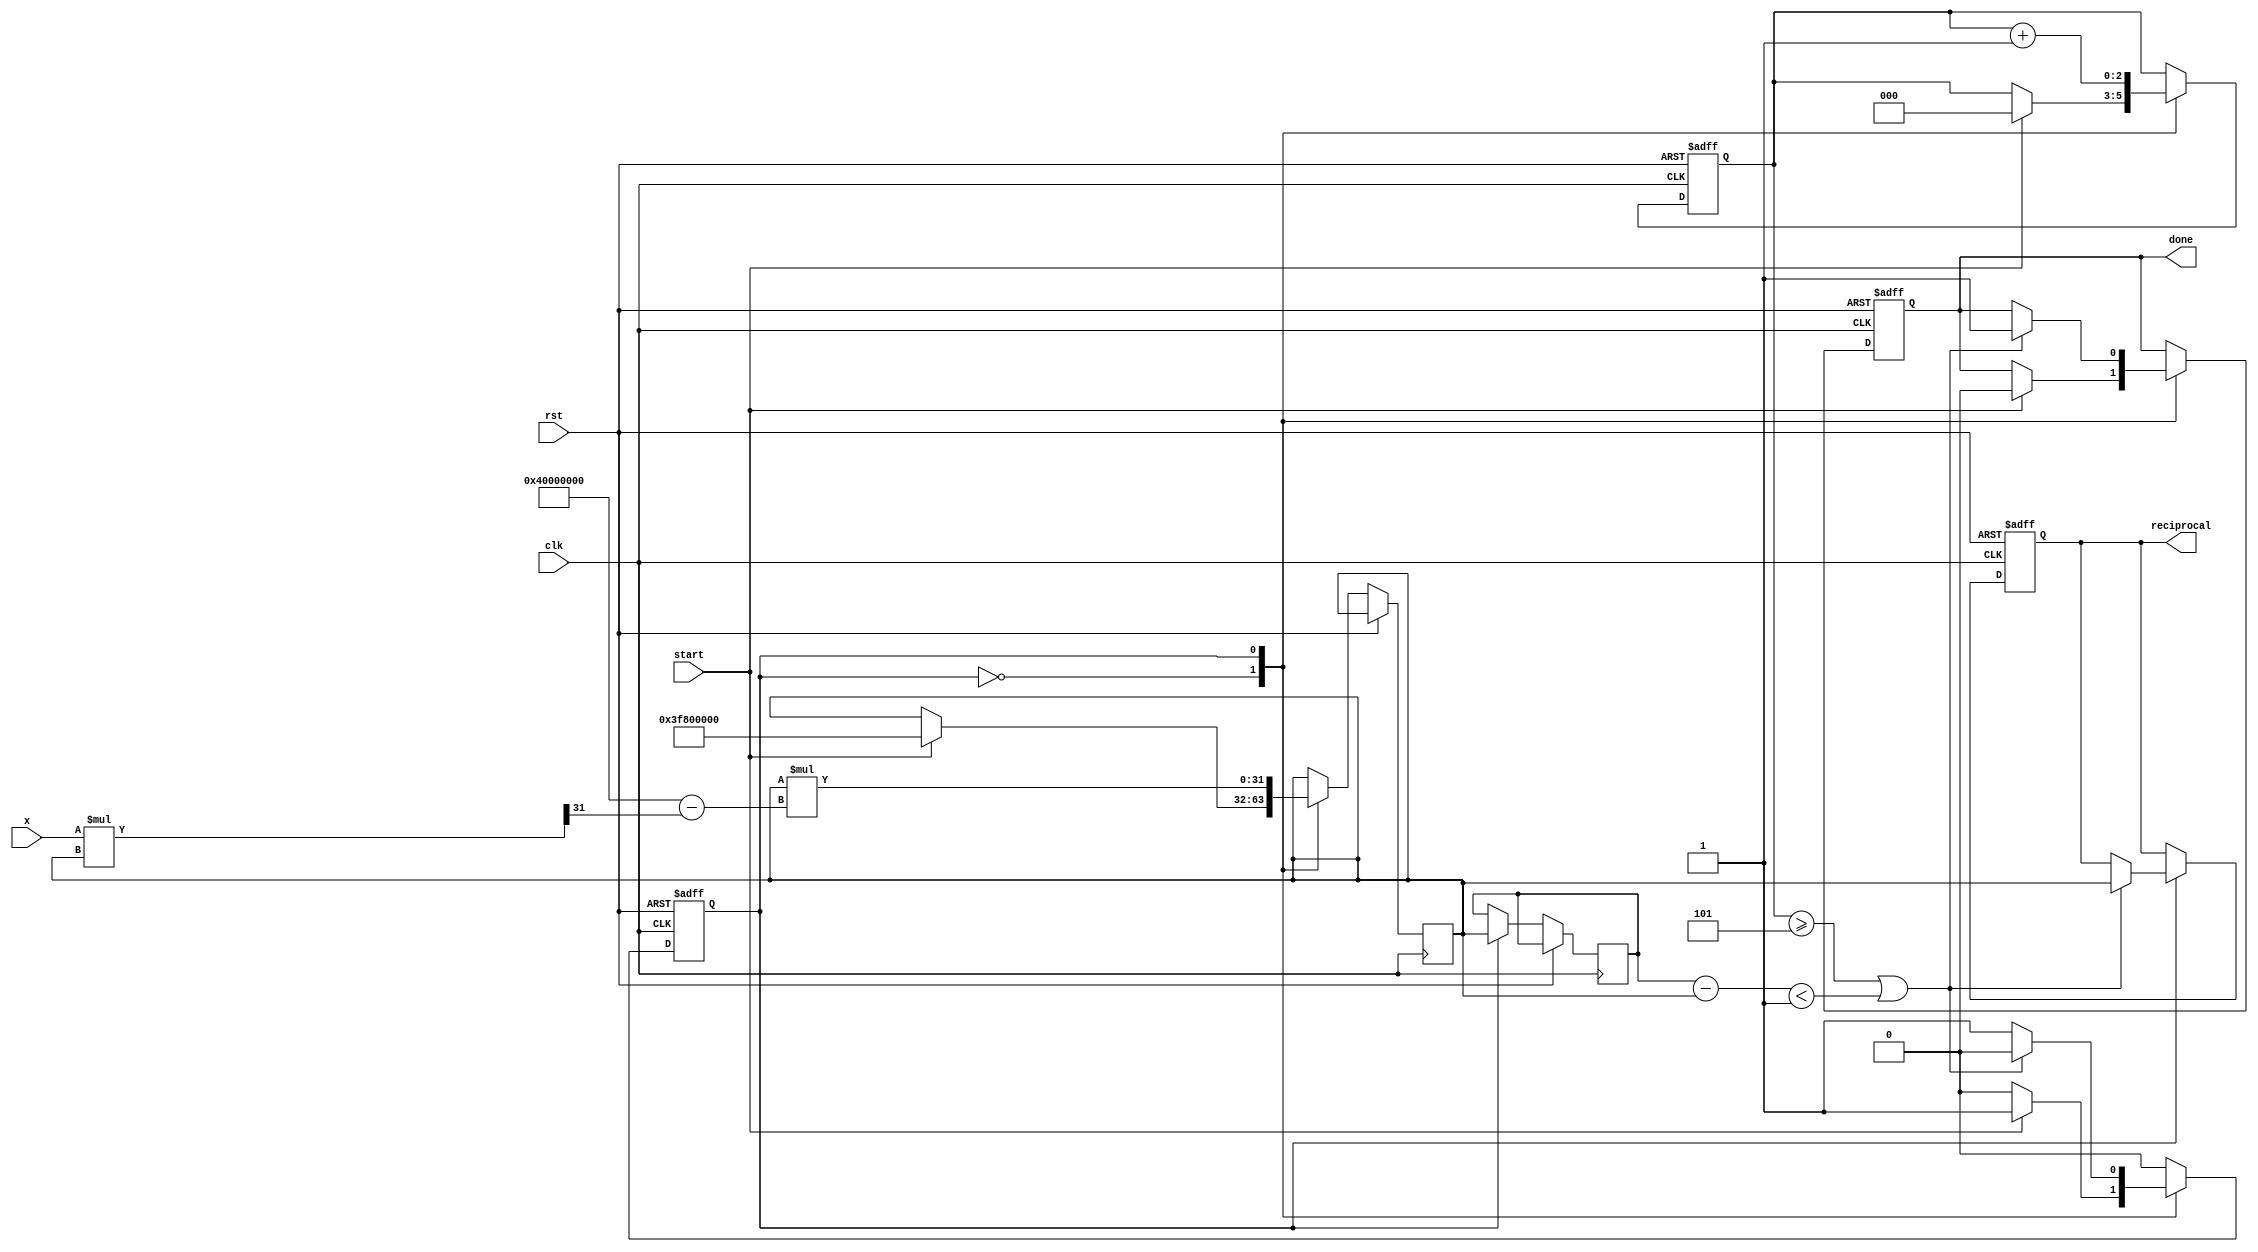
module newton_raphson_reciprocal (
    input wire clk,
    input wire rst,
    input wire [31:0] x,          // Input value
    input wire start,             // Signal to start computation
    output reg [31:0] reciprocal,  // Computed reciprocal
    output reg done               // Signal indicating completion
);

    reg [31:0] y;                 // Current approximation
    reg [2:0] iteration_count;    // Counter for iterations
    reg state;                    // State to manage computation
    reg [31:0] prev_y;            // Previous valid y for convergence check
    
    // State definitions
    localparam IDLE = 1'b0;
    localparam COMPUTE = 1'b1;

    // Initial guess for y (assuming x in range [1, 2))
    initial begin
        reciprocal = 32'h0;
        done = 1'b0;
        iteration_count = 3'b0;
        state = IDLE;
    end

    always @(posedge clk or posedge rst) begin
        if (rst) begin
            // Reset state
            reciprocal <= 32'h0;
            done <= 1'b0;
            iteration_count <= 3'b0;
            state <= IDLE;
        end else begin
            case (state)
                IDLE: begin
                    if (start) begin
                        // Initial guess for reciprocal
                        y <= 32'h3F800000; // Initial guess (1.0 in IEEE 754)
                        iteration_count <= 3'b0;
                        done <= 1'b0;
                        state <= COMPUTE;
                    end
                end
                
                COMPUTE: begin
                    // Newton-Raphson iteration
                    prev_y <= y;
                    y <= y * (32'h40000000 - (x * y >> 31)); // 1.0 in fixed-point: 32'h40000000
                    iteration_count <= iteration_count + 1;

                    // Check for convergence (simple check, can be adjusted)
                    if (iteration_count >= 3'b101 || (prev_y - y) < 32'h1) begin
                        reciprocal <= y;
                        done <= 1'b1;
                        state <= IDLE; // Transition back to IDLE state
                    end
                end
                
                default: state <= IDLE;
            endcase
        end
    end
endmodule